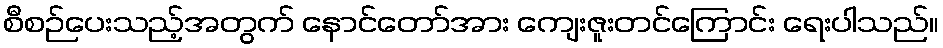
စီစဉ်ပေးသည့်အတွက် နောင်တော်အား ကျေးဇူးတင်ကြောင်း ရေးပါသည်။